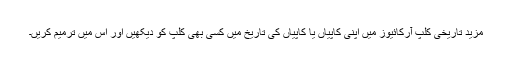
مزید تاریخی کلپ آرکائیوز میں اپنی کاپیاں یا کاپیاں کی تاریخ میں کسی بھی کلپ کو دیکھیں اور اس میں ترمیم کریں۔